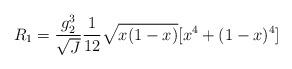
LaTeX: \begin{align*}R_1=\frac{g_2^3}{\sqrt{J}}\frac{1}{12}\sqrt{x(1-x)}[x^4+(1-x)^4]\end{align*}